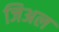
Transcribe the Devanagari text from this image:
जिअल